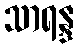
သာရန္ဒ